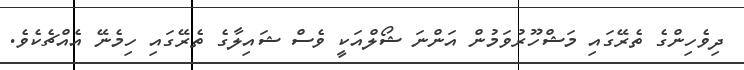
ދިވެހިންގެ ތެރޭގައި މަޝްހޫރުވަމުން އަންނަ ޝޯލްއަކީ ވެސް ޝައިލާގެ ތެރޭގައި ހިމެނޭ އެއްޗެކެވެ.